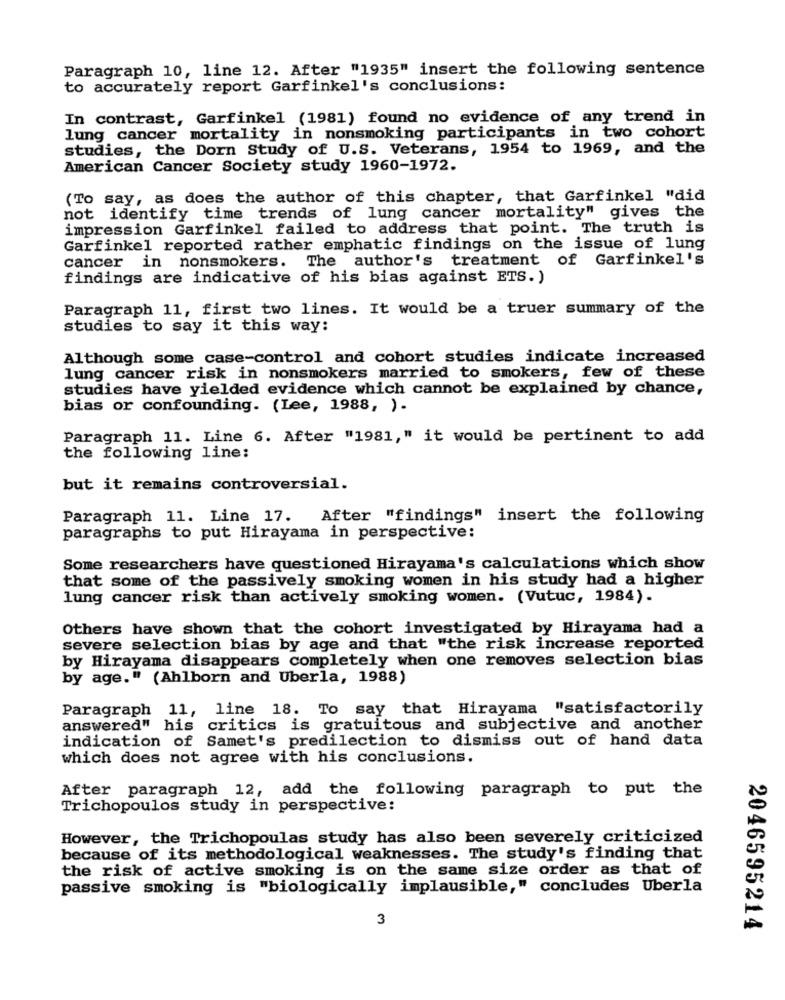
Paragraph 10, line 12. After "1935" insert the following sentence
to accurately report Garfinkel's conclusions:
In contrast, Garfinkel (1981) found no evidence of any trend in
lung cancer mortality in nonsmoking participants in two cohort
studies, the Dorn Study of U.S. Veterans, 1954 to 1969, and the
American Cancer Society study 1960-1972.
(To say, as does the author of this chapter, that Garfinkel "did
not identify time trends of lung cancer mortality" gives the
impression Garfinkel failed to address that point. The truth is
Garfinkel reported rather emphatic findings on the issue of lung
cancer in nonsmokers. The author's treatment of Garfinkel's
findings are indicative of his bias against ETS. )
Paragraph 11, first two lines. It would be a truer summary of the
studies to say it this way:
Although some case-control and cohort studies indicate increased
lung cancer risk in nonsmokers married to smokers, few of these
studies have yielded evidence which cannot be explained by chance,
bias or confounding. (Lee, 1988, ).
Paragraph 11. Line 6. After "1981," it would be pertinent to add
the following line:
but it remains controversial.
Paragraph 11. Line 17. After "findings"
insert the following
paragraphs to put Hirayama in perspective:
Some researchers have questioned Hirayama's calculations which show
that some of the passively smoking women in his study had a higher
lung cancer risk than actively smoking women. (Vutuc, 1984).
Others have shown that the cohort investigated by Hirayama had a
severe selection bias by age and that "the risk increase reported
by Hirayama disappears completely when one removes selection bias
by age." (Ahlborn and Uberla, 1988)
Paragraph 11, line 18. To say that Hirayama "satisfactorily
answered" his critics is gratuitous and subjective and another
indication of Samet's predilection to dismiss out of hand data
which does not agree with his conclusions.
After paragraph 12, add the following paragraph to put the
Trichopoulos study in perspective:
However, the Trichopoulas study has also been severely criticized
because of its methodological weaknesses. The study's finding that
the risk of active smoking is on the same size order as that of
passive smoking is "biologically implausible," concludes Uberla
3
2046595214